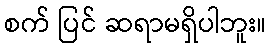
စက် ပြင် ဆရာမရှိပါဘူး။